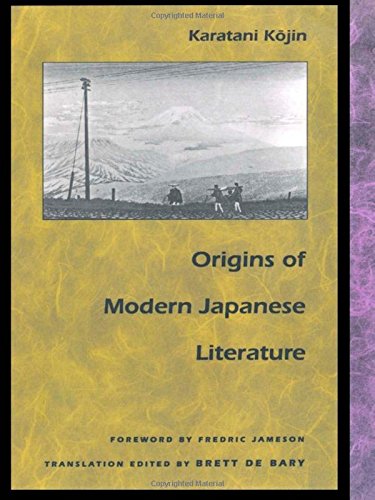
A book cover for Origins of Modern Japanese Literature (Post-Contemporary Interventions); Karatani Kojin; Literature & Fiction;